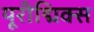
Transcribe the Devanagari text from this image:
यूरीद्मिक्स